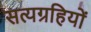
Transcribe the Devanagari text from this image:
सत्यग्रहियों